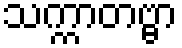
သက္ကာတဗ္ဗာ